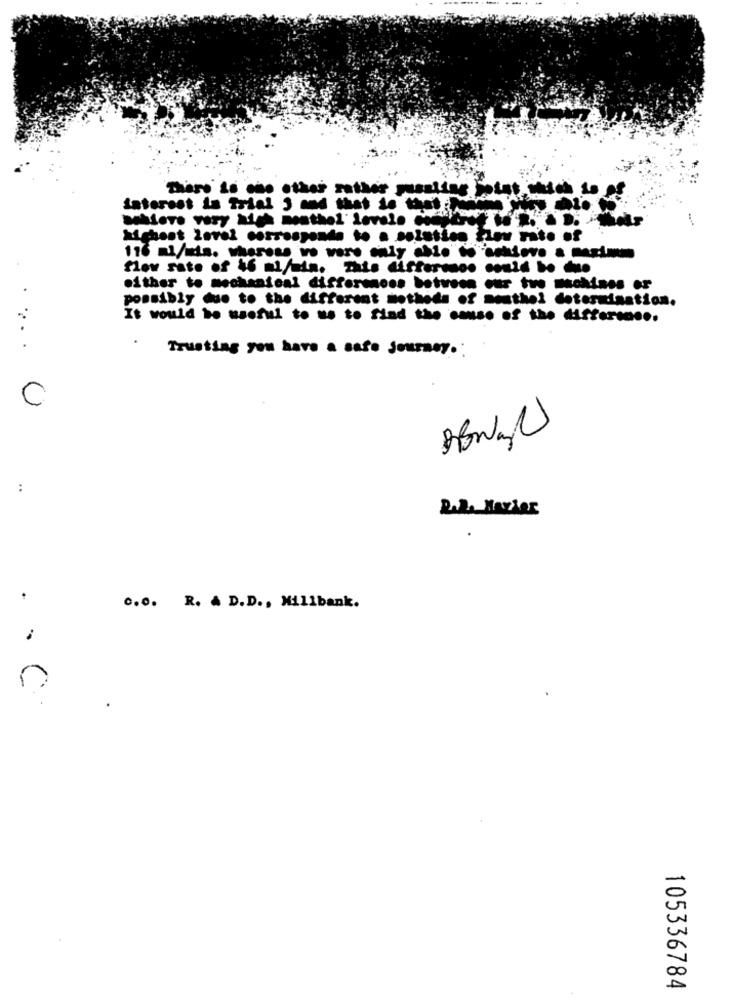
There is che other rather mussliss joist w
interest in Trial 3 and that is that
Behlere very high meathel' levels of
highest level corresponde to a solstice Flow rate
flow rate of 46 ml/min. This diftermoo could be duo
either to mechanical differences between our tuo machines or
possibly due to the different notheds of nesthei determination.
It would be useful to us to find the case of the differen ...
.
Trusting you have a safe journey .:
C
:
c.o. R. A D.D ., Millbank.
C
-
00
105336784